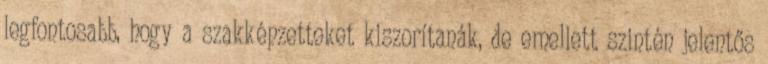
legfontosabb, hogy a szakképzetteket kiszorítanák, de emellett szintén jelentős